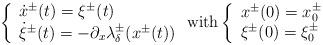
LaTeX: \begin{align*} \left\lbrace \begin{array}{l} \dot{x}^\pm(t)=\xi^\pm(t)\\ \dot{\xi}^\pm(t)=-\partial_x \lambda_\delta^\pm(x^\pm(t)) \end{array}\right. \textrm{with} \left\lbrace \begin{array}{l} x^\pm(0)=x^\pm_0 \\ \xi^\pm(0)=\xi^\pm_0 \end{array} \right. \end{align*}